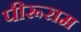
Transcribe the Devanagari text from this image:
पीरूराम